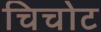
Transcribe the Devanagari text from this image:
चिचोट